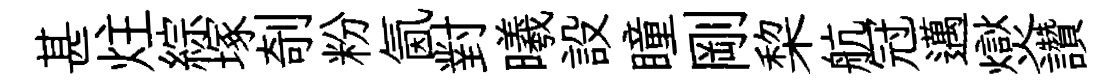
甚炷綜塚剞粉氤對曦設瞳剛棃航冠邁爕讚